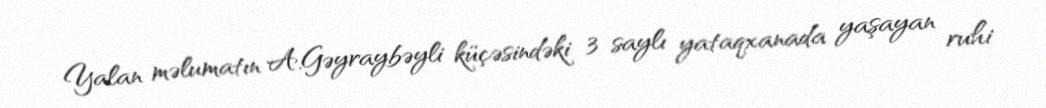
Yalan məlumatın A.Gəyraybəyli küçəsindəki 3 saylı yataqxanada yaşayan ruhi